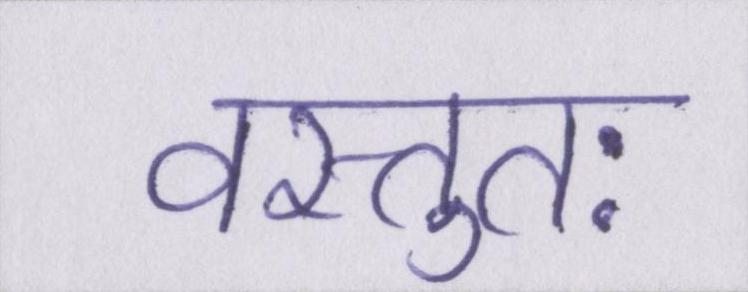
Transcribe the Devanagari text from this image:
वस्तुतः